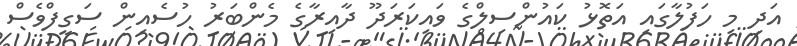
އަދި މި ހަފުލާގައި އަތޮޅު ކައުންސިލްގެ ވައިކަރަދޫ ދާއިރާގެ މެންބަރު ހުސެއިން ސަގީފްވެސް